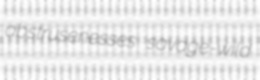
abstrusenesses savage-wild